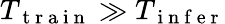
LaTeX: T_{\mathrm{~t~r~a~i~n~}}\gg T_{\mathrm{~i~n~f~e~r~}}